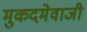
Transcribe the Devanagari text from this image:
मुकदमेवाजी